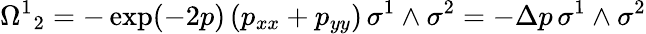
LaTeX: {\Omega^{1}}_{2}=-\exp(-2p)\left(p_{xx}+p_{yy}\right)\, \sigma^{1}\wedge\sigma^{2}=-\Delta p\, \sigma^{1}\wedge\sigma^{2}